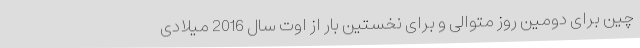
چین برای دومین روز متوالی و برای نخستین بار از اوت سال 2016 میلادی